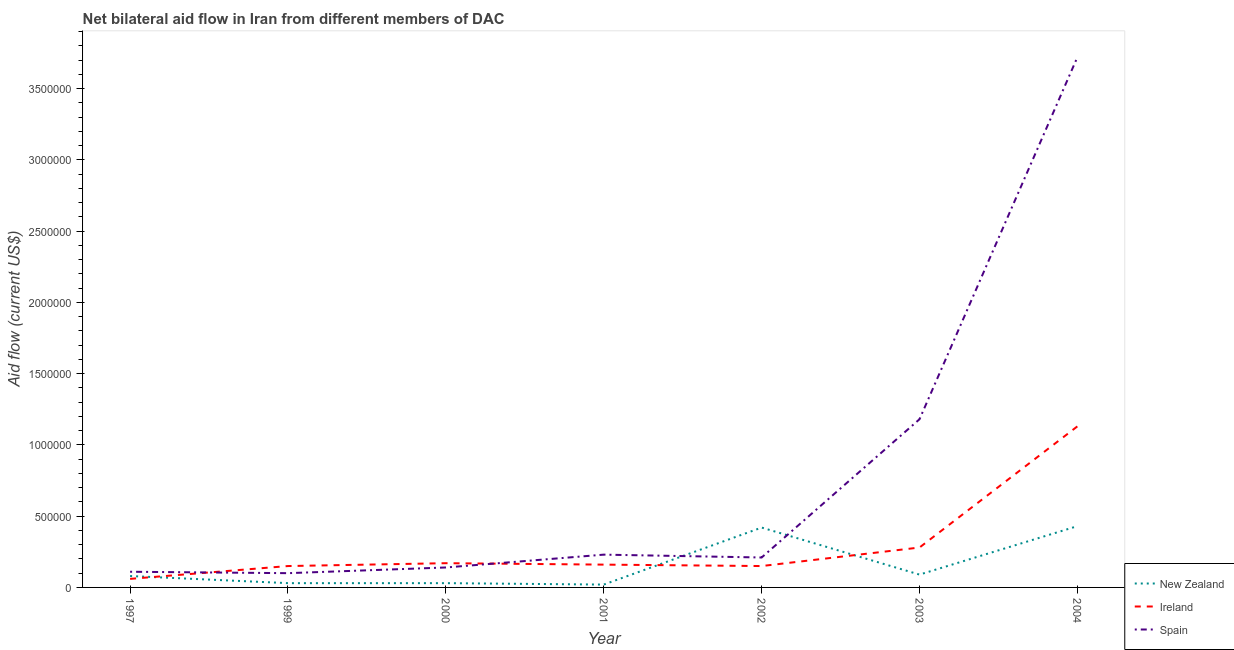
| Year | New Zealand | Ireland | Spain |
 | --- | --- | --- | --- |
 | 1997 | 8e+04 | 6e+04 | 1.1e+05 |
 | 1999 | 3e+04 | 1.5e+05 | 1e+05 |
 | 2000 | 3e+04 | 1.7e+05 | 1.4e+05 |
 | 2001 | 2e+04 | 1.6e+05 | 2.3e+05 |
 | 2002 | 4.2e+05 | 1.5e+05 | 2.1e+05 |
 | 2003 | 9e+04 | 2.8e+05 | 1.18e+06 |
 | 2004 | 4.3e+05 | 1.13e+06 | 3.72e+06 |